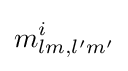
m_{lm,l'm'}^{i}